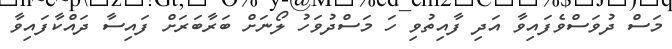
މަސް ދުވަސްވެފައިވާ އަދި ފާއިތުވި ހަ މަސްދުވަހު ލޯނަށް ބަރާބަަރަށް ފައިސާ ދައްކާފައިވާ